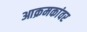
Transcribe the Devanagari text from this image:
आक्रमकांवर